system: You are a helpful assistant.
user:
Analyze the provided spectrum to determine if it is a **White Dwarf (WD)**.

A White Dwarf spectrum is defined by its **extreme purity** (due to gravitational settling) and/or **extreme pressure broadening** (due to high surface gravity). You must check for one of the following mutually exclusive signatures:

- **Key Visual Indicators (Check for ONE of these types):**

    - **1. DA-Type Signature (Most Common):**
        - **(Primary Feature):** Extreme pressure broadening (Stark broadening) of the **Hydrogen (H) Balmer lines**.
        - **(Key Lines):** $H\beta$ (approx. $4861$ Å) and $H\gamma$ (approx. $4340$ Å). $H\alpha$ (approx. $6563$ Å) will also be present if the wavelength range covers it.
        - **(Line Profile):** This is the **defining feature**. The lines are **NOT** sharp. They appear as massive, **extremely broad and deep "troughs" or "dips"** in the spectrum, often hundreds of Ångströms wide. The continuum will appear to "scoop" down at these wavelengths.
        - **(Distinction):** Normal A-type or B-type stars have *narrow* and *sharp* Hydrogen lines. A DA White Dwarf's lines are unmistakably "smeared" or "blurry" from pressure.

    - **2. DB-Type Signature:**
        - **(Primary Feature):** Broad absorption lines from **Neutral Helium (He I)**. The spectrum must lack any visible Hydrogen lines.
        - **(Key Lines):** Look for broad absorption near $4471$ Å, $4921$ Å, and $5876$ Å.
        - **(Line Profile):** These lines are also significantly pressure-broadened, appearing much wider than they would in a normal B-type main-sequence star.

    - **3. DC-Type Signature:**
        - **(Primary Feature):** A **featureless continuous spectrum**.
        - **(Line Profile):** The spectrum is a smooth curve with **no significant absorption or emission lines**.
        - **(Key Confirmation):** The continuum is almost always **blue or white**, indicating a hot object. This signature implies the atmosphere is so pure (or so cool) that no spectral lines are visible in the optical range. Its WD identity is confirmed by its extremely low intrinsic brightness (high absolute magnitude).

    - **4. DZ-Type Signature (Metal-Polluted):**
        - **(Primary Feature):** **Isolated, narrow metal absorption lines** on an otherwise featureless (DC-like) continuum.
        - **(Key Lines):** The **Calcium (Ca II) H & K doublet** (approx. **$3934$ Å** and **$3968$ Å**) is the most common and defining feature.
        - **(Line Profile):** These lines are "out of place." They are *not* part of a "forest" of thousands of lines. This signature is evidence of recent *accretion* (pollution) from rocky debris.
        - **(Distinction):** Normal G/K/M stars have a *dense forest* of thousands of metal lines. A DZ has a *clean* continuum with *only a few* strong metal lines.

    - **5. DQ-Type Signature (Carbon-Polluted):**
        - **(Primary Feature):** Absorption bands from **Carbon (C₂ "Swan Bands" or atomic C I)**.
        - **(Key Lines - C₂):** Look for bandheads with a "saw-tooth" shape near $5635$ Å, **$5165$ Å** (strongest), and $4737$ Å.
        - **(Key Confirmation):** The underlying **continuum must be blue or white** (hot).
        - **(Distinction):** This is the critical difference from a **Carbon Star**, which has the *exact same* C₂ bands but on an extremely **red, cool** continuum.

- **(Overall Spectrum):**
    - The continuum (overall shape) is typically **blue-sloping** (brighter in the blue than the red), as most white dwarfs are very hot.
    - The spectrum will look "pure" or "simple," dominated by only *one* of the five signatures listed above.

Think first, call **spectral_visualization_tool** if needed to examine features in detail, then provide your final answer. Your response must adhere to the following strict rules:
1.  **Overall Structure:** Your response must follow the format `<think>...</think> <tool_call>...</tool_call> (if a tool is used) <answer>...</answer>`.
2.  **Tool Usage Constraint:** You may only make **one** tool call per turn.
3.  **Final Answer Format:** In the `<answer>` tag, your conclusion must be inside a `\boxed{}` command (e.g., `\boxed{YES}` or `\boxed{NO}`), followed by your justification.

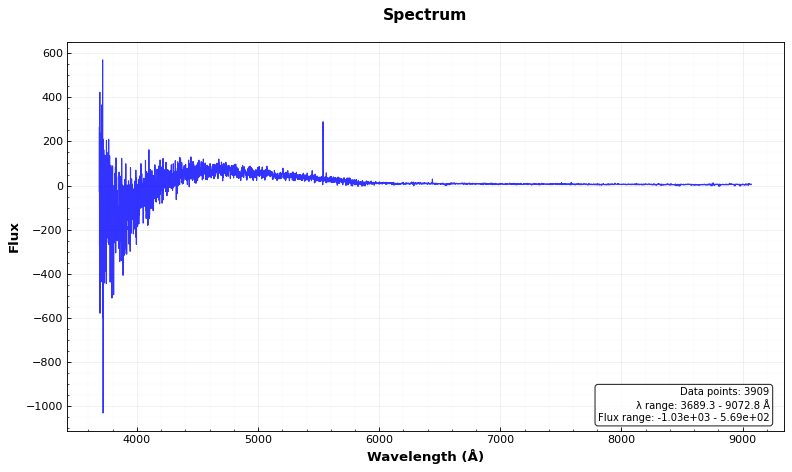
Answer: NO